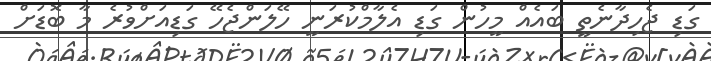
ގަޑި ޖެހިދާނެތީ ބައެއް މީހުން ގަޑި އެލާމްކުރަނީ ހޭލަންޖެހޭ ގަޑިއަށްވުރެ މާ ބޮޑަށް